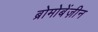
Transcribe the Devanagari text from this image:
ब्रोमोबेंज़ीन